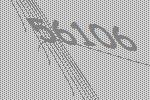
56106